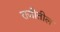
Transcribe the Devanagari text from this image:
राजीतील